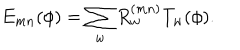
LaTeX: E _ { m n } ( \phi ) = \sum _ { w } R _ { w } ^ { ( m n ) } T _ { w } ( \phi ) .